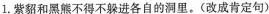
1.紫貂和黑熊不得不躲进各自的洞里。(改成肯定句)